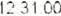
12 31 00